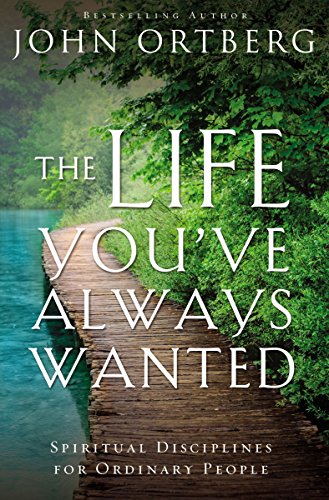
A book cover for The Life You've Always Wanted: Spiritual Disciplines for Ordinary People; John Ortberg; Christian Books & Bibles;